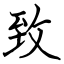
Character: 致